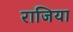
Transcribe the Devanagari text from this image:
राजिया